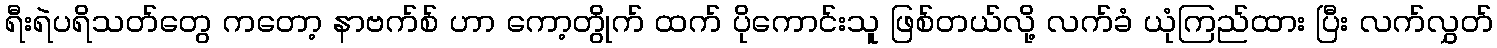
ရီးရဲပရိသတ်တွေ ကတော့ နာဗက်စ် ဟာ ကော့တွိုက် ထက် ပိုကောင်းသူ ဖြစ်တယ်လို့ လက်ခံ ယုံကြည်ထား ပြီး လက်လွှတ်